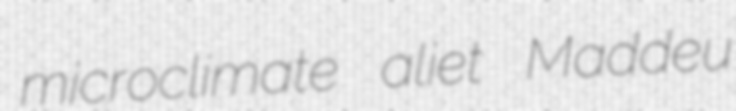
microclimate aliet Maddeu